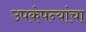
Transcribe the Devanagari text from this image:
उपकंपन्यांचा